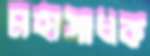
মহাসাধক